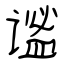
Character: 谧